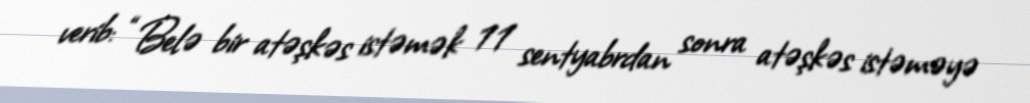
verib: “Belə bir atəşkəs istəmək 11 sentyabrdan sonra atəşkəs istəməyə